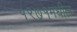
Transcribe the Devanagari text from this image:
१९७१मधील